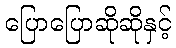
ပြောပြောဆိုဆိုနှင့်